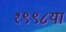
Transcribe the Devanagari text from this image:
१९९८या